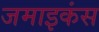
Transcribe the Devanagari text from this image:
जमाइकंस